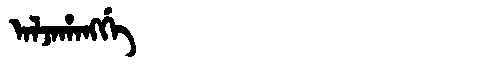
Manchu: ᠠᠯᠵᠠᡥᠠᠩᡤᡝ
Romanization: ALJAHANGGE